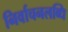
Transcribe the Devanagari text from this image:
निर्वाचनलब्धि